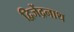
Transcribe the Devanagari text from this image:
द्विजेंद्रनाथ